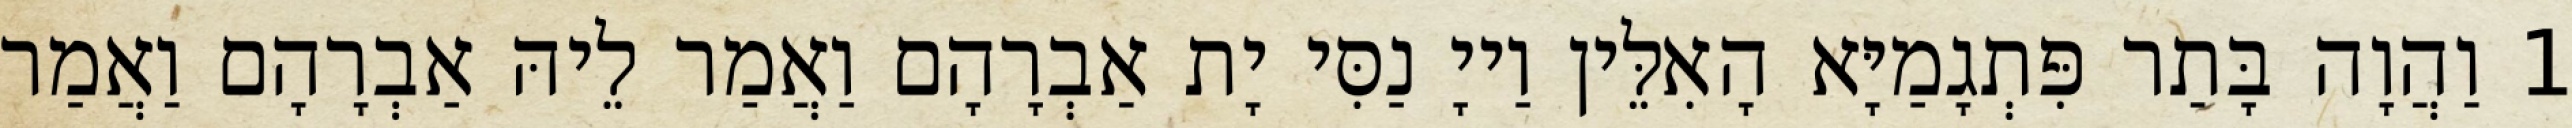
1 וַהֲוָה בָּתַר פִּתְגָמַיָּא הָאִלֵּין וַייָ נַסִּי יָת אַבְרָהָם וַאֲמַר לֵיהּ אַבְרָהָם וַאֲמַר